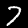
Digit: 7